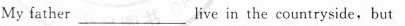
My father___live in the countryside,but